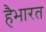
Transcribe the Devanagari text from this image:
हैभारत